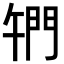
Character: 𨳱